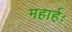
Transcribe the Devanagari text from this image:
महार्हः